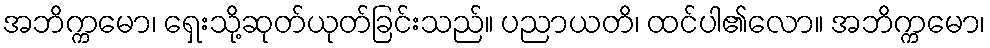
အဘိက္ကမော၊ ရှေးသို့ဆုတ်ယုတ်ခြင်းသည်။ ပညာယတိ၊ ထင်ပါ၏လော။ အဘိက္ကမော၊